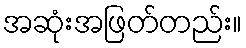
အဆုံးအဖြတ်တည်း။